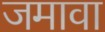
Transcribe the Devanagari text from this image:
जमावा